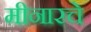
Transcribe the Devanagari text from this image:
मीनारचे